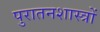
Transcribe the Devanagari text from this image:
पुरातनशास्त्रों